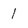
Character: 1